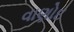
વાણોદ